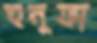
হুনুফা